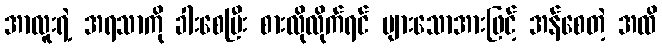
အာလူးရဲ့ အရသာကို ခါးစေပြီး စားလိုလိုက်ရင် များသောအားဖြင့် အန်စေတဲ့ အထိ